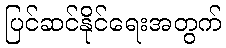
ပြင်ဆင်နိုင်ရေးအတွက်